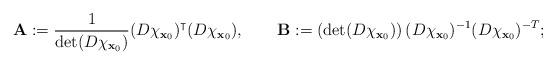
LaTeX: \begin{align*}{\mathbf{A}}:=\frac{1}{\det(D\chi_{{\mathbf{x}}_{0}})}(D\chi_{{\mathbf{x}}_{0}})^{\intercal}(D\chi_{{\mathbf{x}}_{0}}),\qquad{\mathbf{B}}:=\left(\det(D\chi_{{\mathbf{x}}_{0}})\right) (D\chi_{{\mathbf{x}}_{0}})^{-1}(D\chi_{{\mathbf{x}}_{0}})^{-T}; \end{align*}